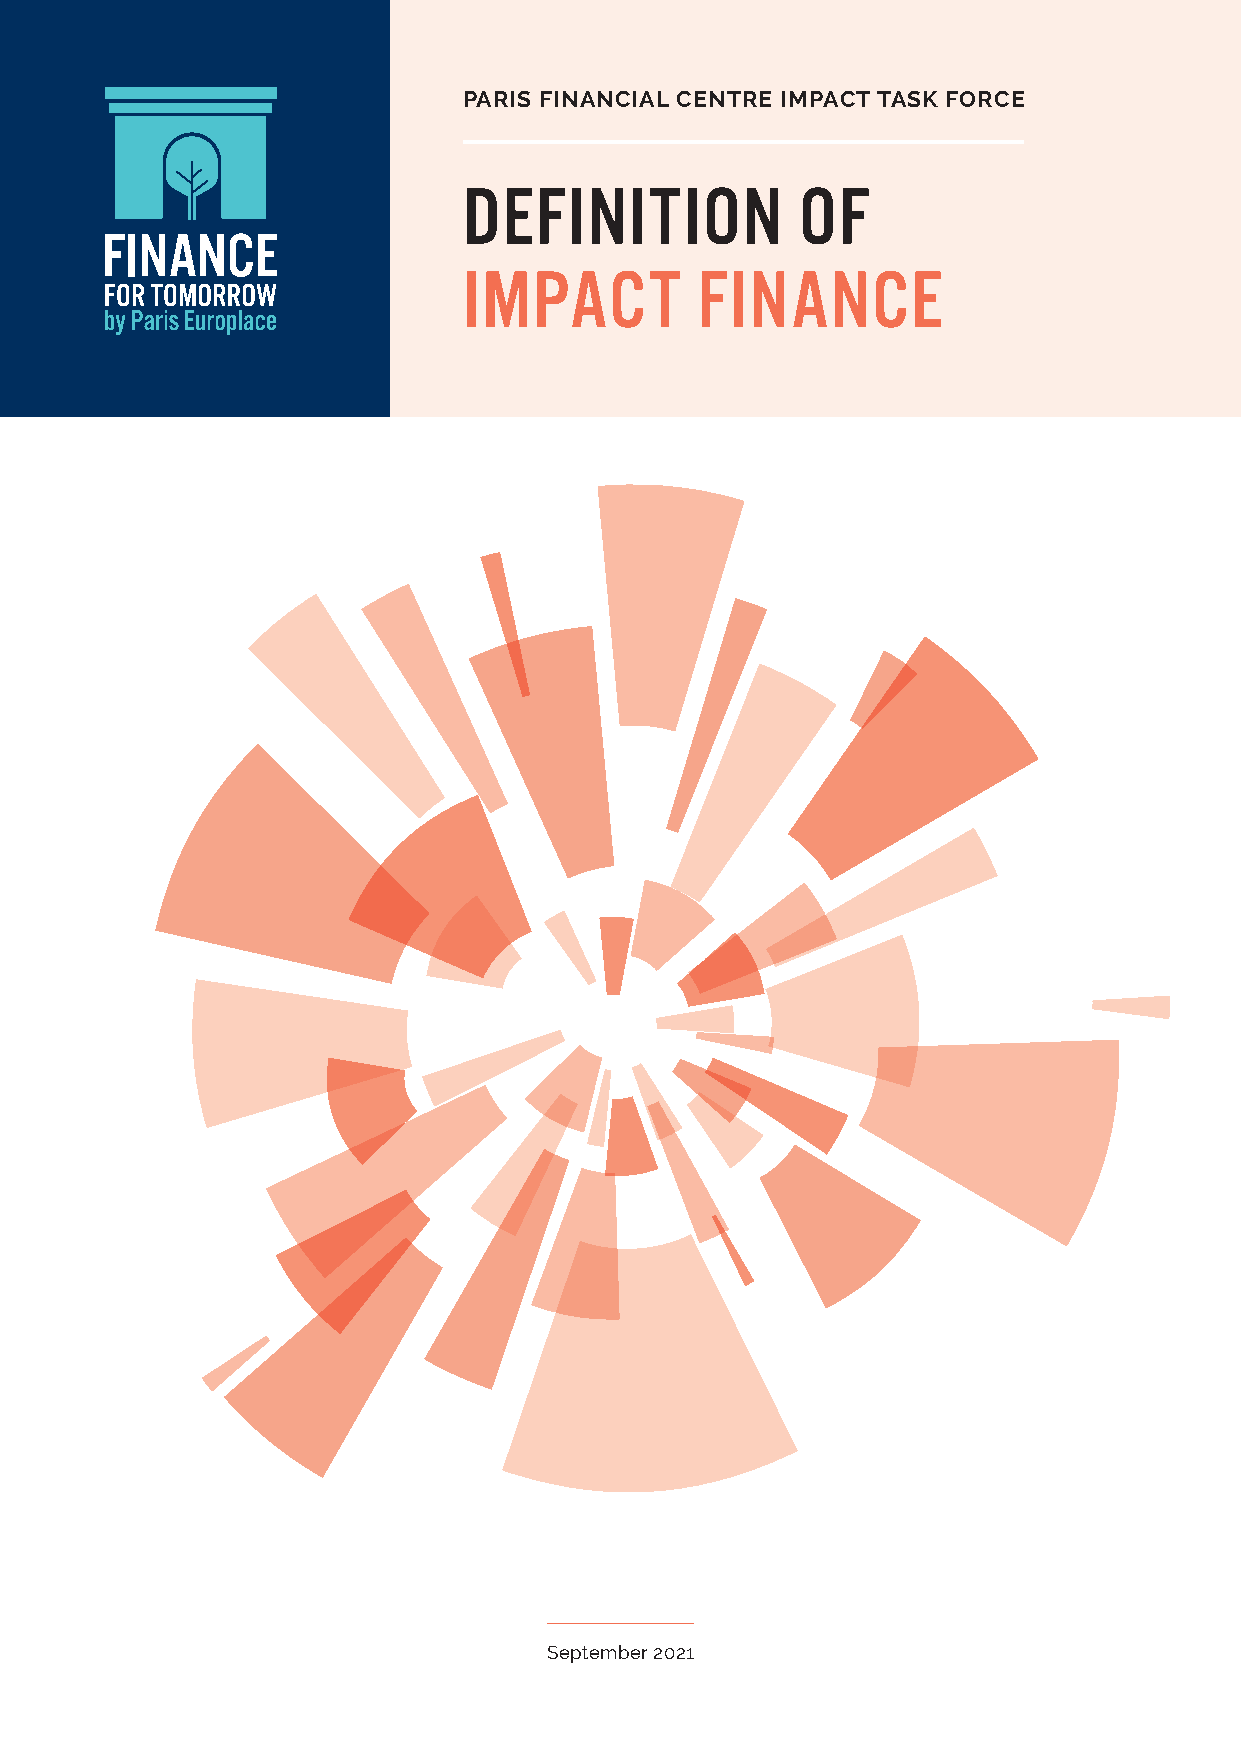
PARIS FINANCIAL CENTRE IMPACT TASK FORCE
 DEFINITION            OF
 IMPACT         FINANCE
 September 2021